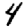
Digit: 4